Calcutta medical institutions reports 1879-81 [i.e.91]
Year: 1879
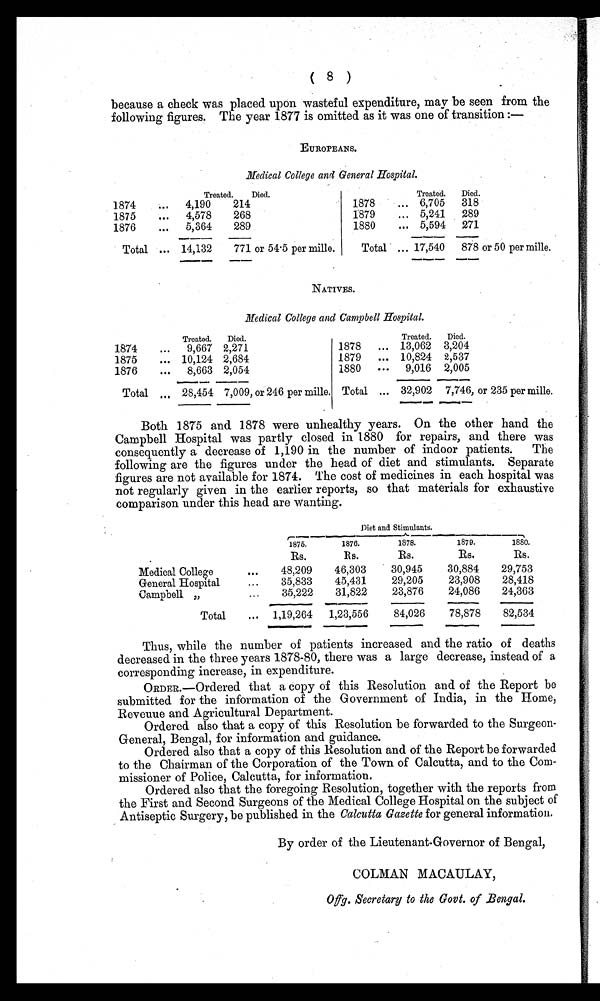
( 8 )
because a check was placed upon wasteful expenditure, may be seen from the
following figures. The year 1877 is omitted as it was one of transition:
—
EUROPEANS.
Medical College and General Hospital.
Treated.
Died.
Treated.
Died.
1874
4,190
214
1878
6,705
318
1875
4,578
268
1879
5,241
289
1876
5,364
289
1880
5,594
271
Total
14,132
771 or 54.5 per mille.
Total
17,540
878 or 50 per mille.
NATIVES.
Medical College and Campbell Hospital.
Treated.
Died.
Treated.
Died.
1874
9,667 2,271
1878
13,062 3,204
1875
10,124 2,684
1879
10,824 2,537
1876
8,663 2,054
1880
9,016 2,005
Total
28,454 7,009, or 246 per mille. Total
32,902 7,746, or 235 per mille.
Both 1875 and 1878 were unhealthy years. On the other hand the
Campbell Hospital was partly closed in 1880 for repairs, and there was
consequently a decrease of 1,190 in the number of indoor patients. The
following are the figures under the head of diet and stimulants. Separate
figures are not available for 1874. The cost of medicines in each hospital was
not regularly given in the earlier reports, so that materials for exhaustive
comparison under this head are wanting.
Diet and Stimulants.
1875.
1876.
1878.
1879.
1880.
Rs.
Rs.
Rs.
Rs.
Rs.
Medical College
48,209
46,303
30,945
30,884
29,753
General Hospital
35,833
45,431
29,205
23,908
28,418
Campbell "
35,222
31,822
23,876
24,086
24,363
Total
1,19,264
1,23,556
84,026
78,878
82,534
Thus, while the number of patients increased and the ratio of deaths
decreased in the three years 1878-80, there was a large decrease, instead of a
corresponding increase, in expenditure.
ORDER.—Ordered that a copy of this Resolution and of the Report be
submitted for the information of the Government of India, in the Home,
Revenue and Agricultural Department.
Ordered also that a copy of this Resolution be forwarded to the Surgeon-
General, Bengal, for information and guidance.
Ordered also that a copy of this Resolution and of the Report be forwarded
to the Chairman of the Corporation of the Town of Calcutta, and to the Com
-missioner of Police, Calcutta, for information.
Ordered also that the foregoing Resolution, together with the reports from
the First and Second Surgeons of the Medical College Hospital on the subject of
Antiseptic Surgery, be published in the Calcutta Gazette for general information.
By order of the Lieutenant-Governor of Bengal,
COLMAN MACAULAY,
Offg. Secretary to the Govt. of Bengal.